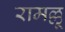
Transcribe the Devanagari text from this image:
रामल्लू